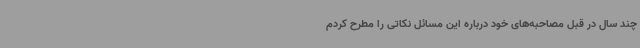
چند سال در قبل مصاحبه‌های خود درباره این مسائل نکاتی را مطرح کردم